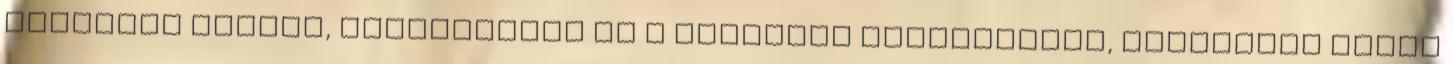
fizetett adókat, járulékokat és a külföldi fogyasztást, amelyekre nézve